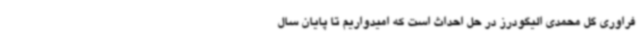
فراوری گل محمدی الیگودرز در حل احداث است که امیدواریم تا پایان سال